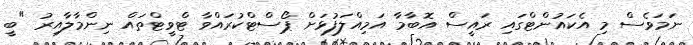
ނަމަވެސް މި އެކައުންޓްގައި ރައީސް އޮބާމާ އަމިއްލަފުޅަށް ޕޯސްޓްކުރައްވާ ޓްވީޓްތައް ނިންމާލާއިރު "ބީ